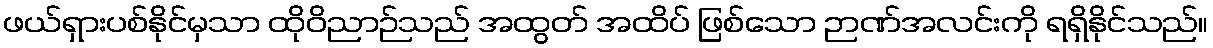
ဖယ်ရှားပစ်နိုင်မှသာ ထိုဝိညာဉ်သည် အထွတ် အထိပ် ဖြစ်သော ဉာဏ်အလင်းကို ရရှိနိုင်သည်။